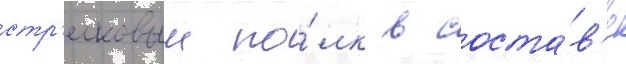
стр'елковыи по́лк в соста́в'е